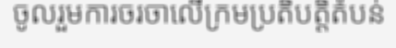
ចូលរួមការចរចាលើក្រមប្រតិបត្តិតំបន់